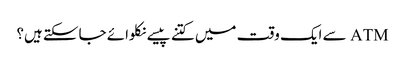
ATM سے ایک وقت میں کتنے پیسے نکلوائے جاسکتے ہیں؟